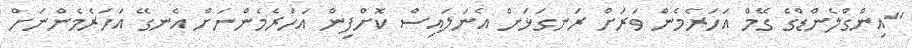
"އިންގްލެންޑްގެ ގޭމް އަހަރެމެން ވަރަށް ރަނގަޅަށް އެނަލައިސް ކޮށްފިން އަހަރެމެންނަށް އެނގޭ އަހަރެމެންނަށް